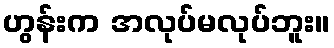
ဟွန်းက အလုပ်မလုပ်ဘူး။